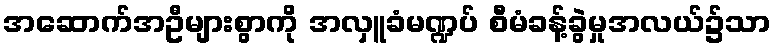
အဆောက်အဦများစွာကို အလှူခံမဏ္ဍပ် စီမံခန့်ခွဲမှုအလယ်၌သာ